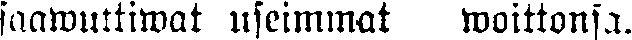
saawuttiwat useimmat woittonsa.